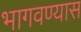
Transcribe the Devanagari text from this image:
भागवण्यास